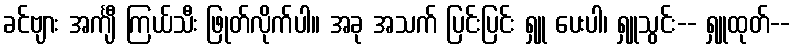
ခင်ဗျား အင်္ကျီ ကြယ်သီး ဖြုတ်လိုက်ပါ။ အခု အသက် ပြင်းပြင်း ရှူ ပေးပါ၊ ရှူသွင်း-- ရှူထုတ်--